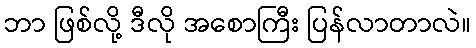
ဘာ ဖြစ်လို့ ဒီလို အစောကြီး ပြန်လာတာလဲ။